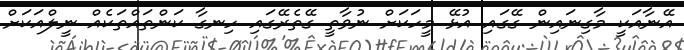
އޭނާއަކީ މާގިނައިން ގޭގައި އުޅޭ މީހަކަށް ނުވާތީ ގޭތެރޭގައި ހިނގާ ކަންތައްތަކެއް ނީލްއަކަށް